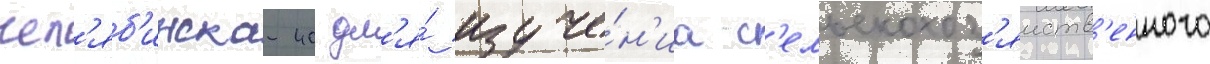
чел'яб'инска-40 дл'я́ изуче́н'иа с'ельскохоз'яиств'енного